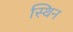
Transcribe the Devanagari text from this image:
स्थिन